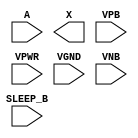
module sky130_fd_sc_hd__lpflow_inputiso0n (
    //# {{data|Data Signals}}
    input  A      ,
    output X      ,

    //# {{power|Power}}
    input  SLEEP_B,
    input  VPB    ,
    input  VPWR   ,
    input  VGND   ,
    input  VNB
);
endmodule